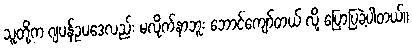
သူတို့က ဂျပန်ဥပဒေလည်း မလိုက်နာဘူး ဘောင်ကျော်တယ် လို့ ပြောပြခဲ့ပါတယ်။